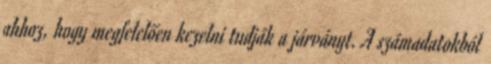
ahhoz, hogy megfelelően kezelni tudják a járványt. A számadatokból